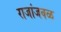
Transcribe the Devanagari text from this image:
राजांजवळ